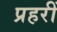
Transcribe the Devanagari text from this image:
प्रहरीं